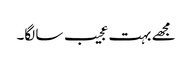
مجھے بہت عجیب سا لگا۔